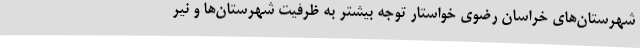
شهرستان‌های خراسان رضوی خواستار توجه بیشتر به ظرفیت شهرستان‌ها و نیر